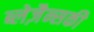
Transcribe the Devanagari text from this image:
ब्लेज़ैन्सकी